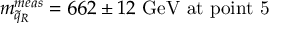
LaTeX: m _ { \tilde { q } _ { R } } ^ { m e a s } = 6 6 2 \pm 1 2 \mathrm { \ G e V ~ a t ~ p o i n t ~ 5 }